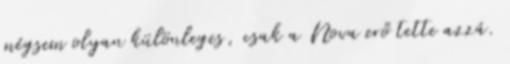
mégsem olyan különleges, csak a Nova erő tette azzá.